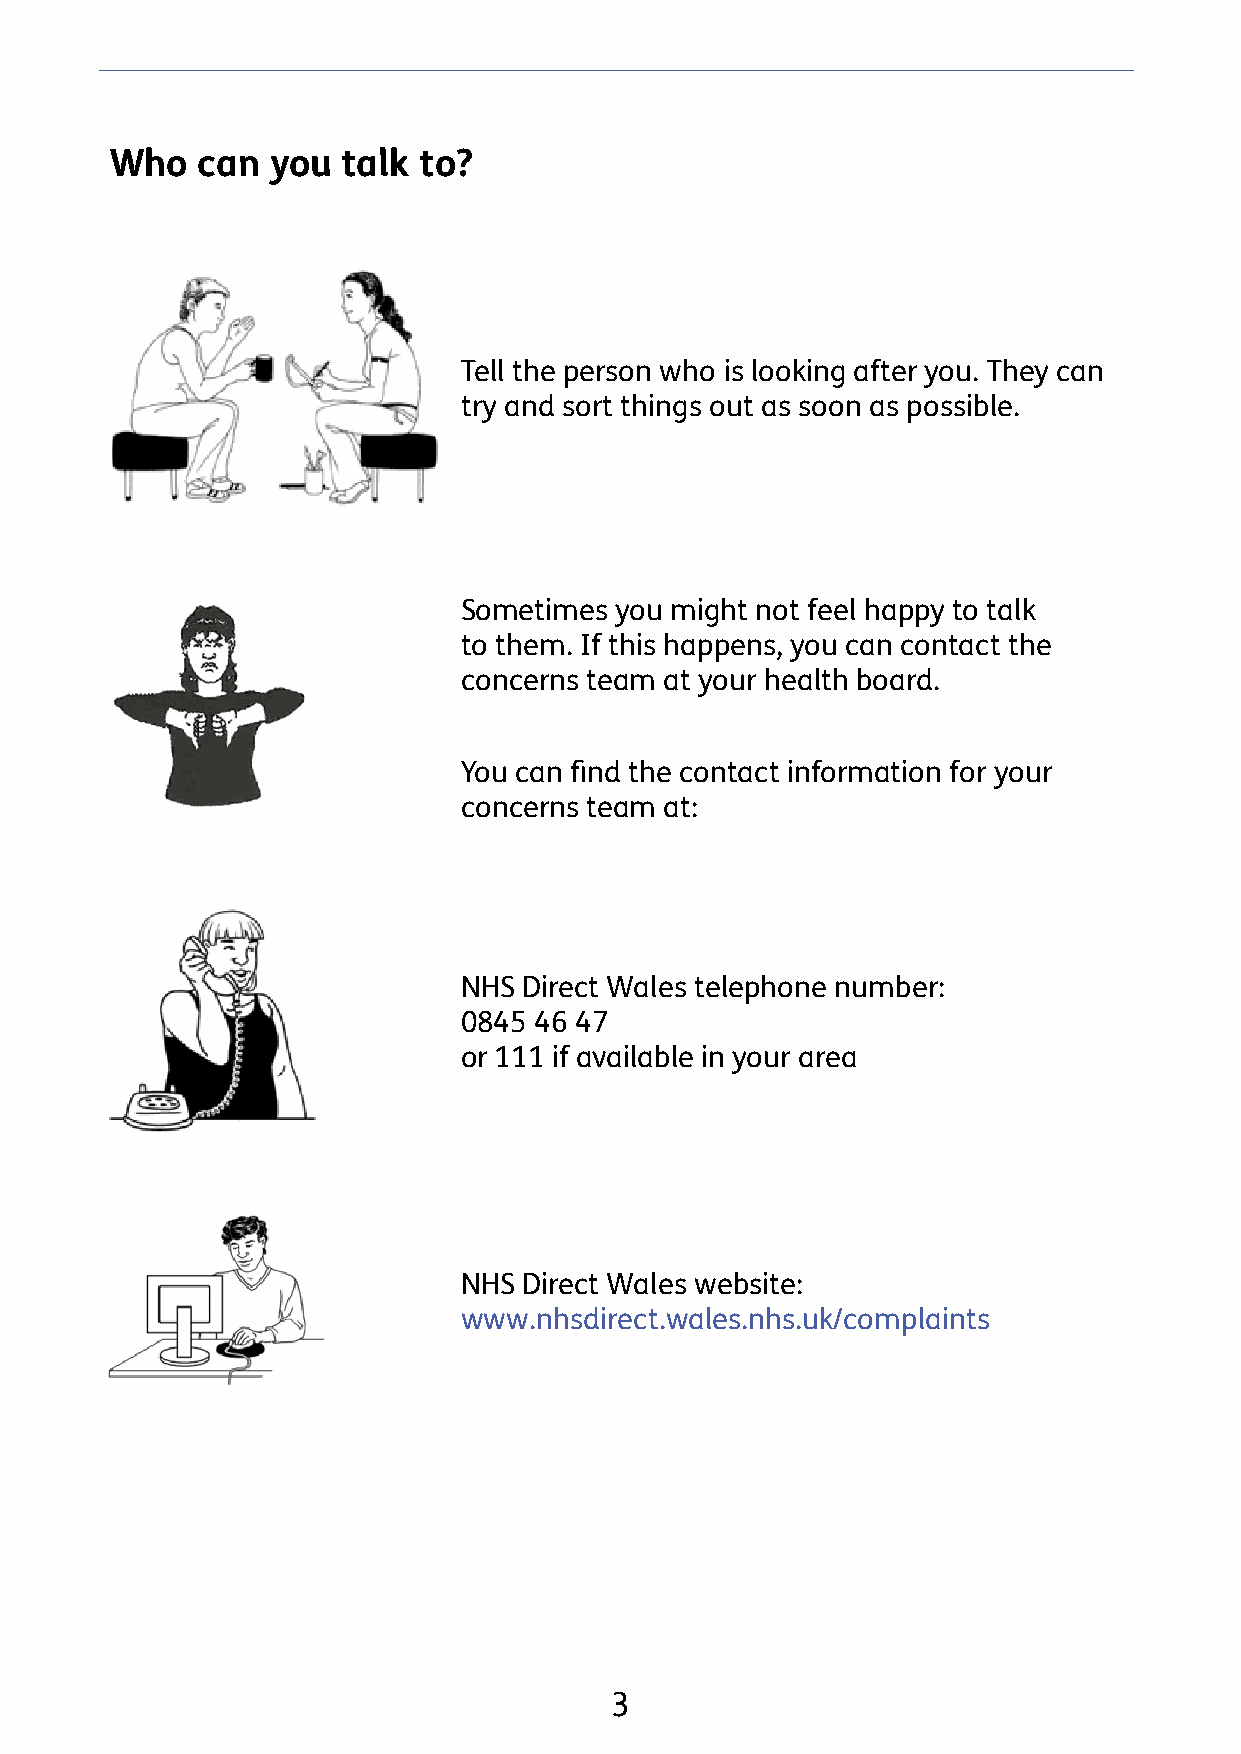
Who   can  you  talk to?
 Tell the person who is looking after you. They can
 try and sort things out as soon as possible.
 Sometimes  you might not feel happy to talk
 to them. If this happens, you can contact the
 concerns team at your health board.
 You can find the contact information for your
 concerns team at:
 NHS  Direct Wales telephone number:
 0845 46 47
 or 111 if available in your area
 NHS  Direct Wales website:
 www.nhsdirect.wales.nhs.uk/complaints
 3